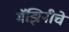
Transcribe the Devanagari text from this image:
मॅझिनीचे